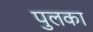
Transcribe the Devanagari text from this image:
पुलका